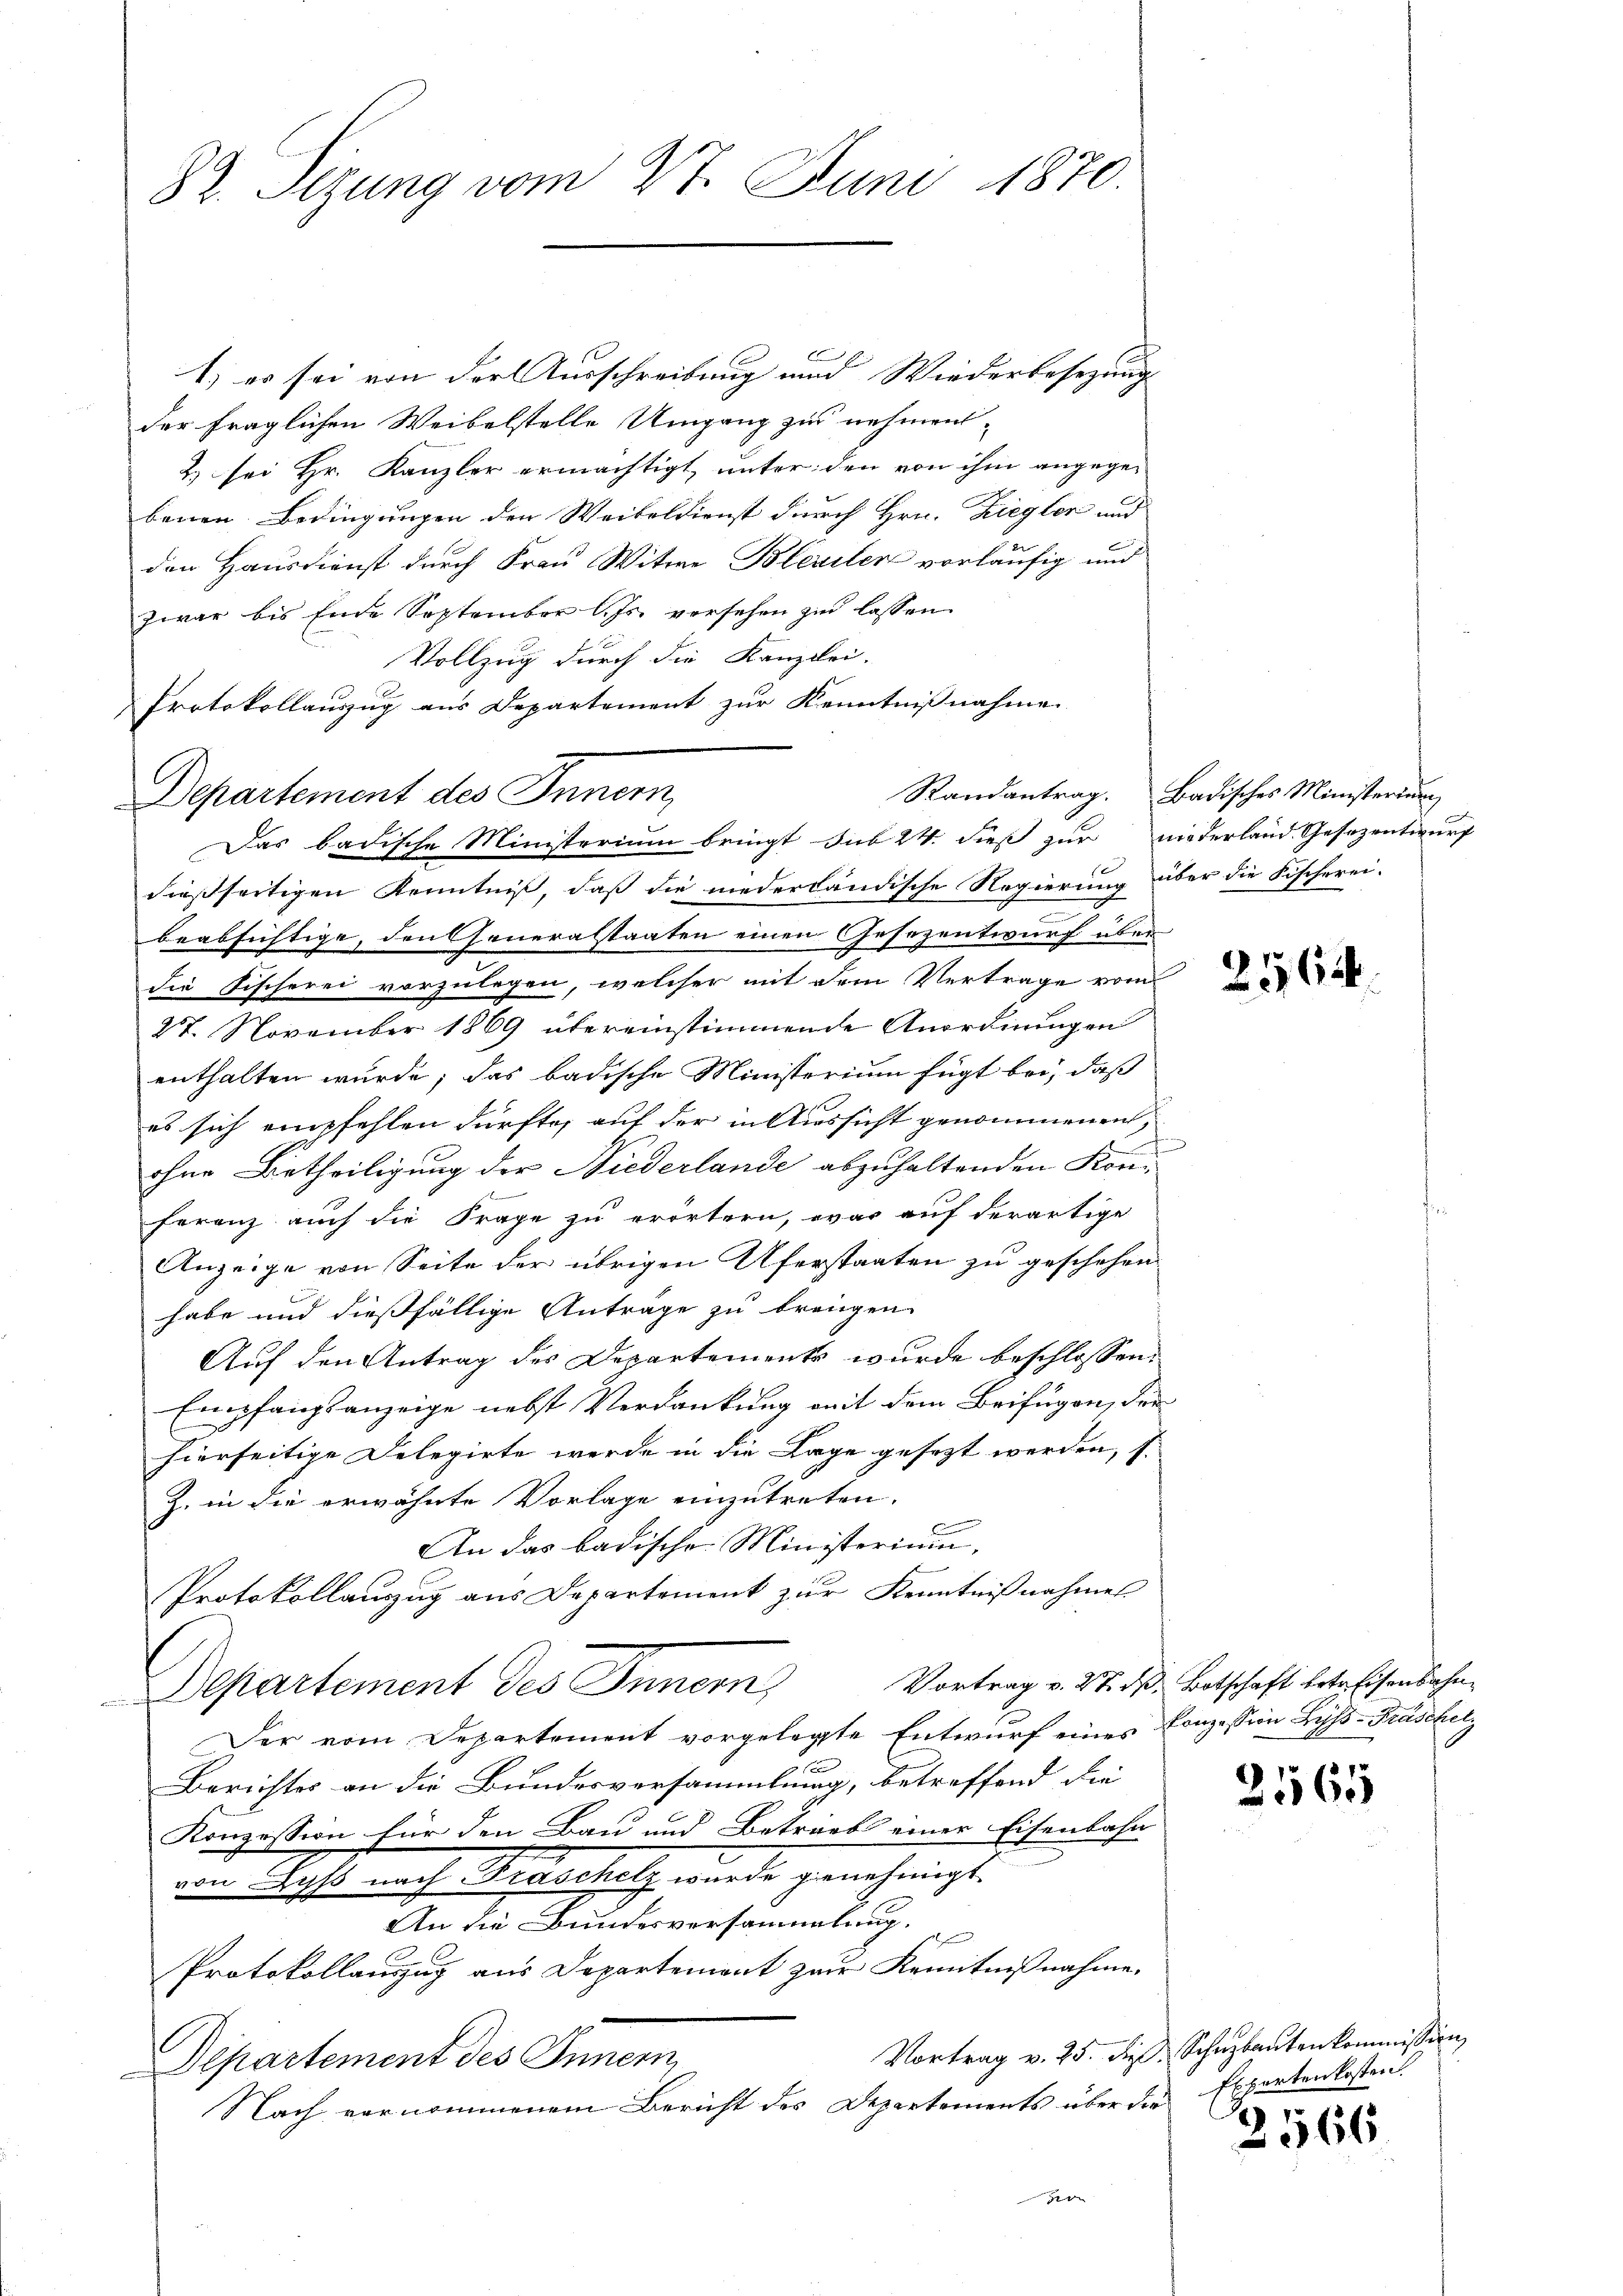
82. Sizung vom 27. Juni 1870.

c
1) es sei von der Ausschreibung und Wiederbesezung
der fraglichen Weibelstelle Umgang zu nehmen¬
2) sei Hr. Kanzler ermächtigt, unter den von ihm angegebenen Bedingungen den Weibeldienst durch Hrn. Ziegler und
den Hausdienst durch Frau Witwe Blenilen vorläufig und
zwar bis Ende September l. Js. versehen zu lassen
Vollzug durch die Kanzlei-
Protokollauszug aus Departement zur Kenntnißnahme
Departement des Innern,
Das badische Ministerium bringt sub 24. dieß zur niederland Gesezentwurf
dießseitigen Kenntniß, daß die niederländische Regierung über die Fischerei-
beabsichtige, den Generalstaaten einen Gesezentwurf über
die Fischerei vorzulegen, welcher mit dem Vertrage vom
27. November 1869 übereinstimmende Anordnungen
enthalten wurde; das badische Ministerium fügt bei, daß
es sich empfehlen dürfte, auf der in Aussicht genommenen
n
ohne Betheiligung der Niederlande abzuhaltenden Kon-
Feranz auch die Frage zu erörtern, war auf derartige
Anzeige von Seite der übrigen Uferstaaten zu geschehen
habe und dießfällige Anträge zu trangen.
Auf den Antrag des Departements wurde beschlossen:
Empfangsanzeige nebst Verdankung mit dem Beifügen, der
hierseitige Delegirte werde in die Lage gesezt werden, s.
Z. in die erwähnte Vorlage einzutreten.
An das badische Ministerium,
Protokollauszug aus Departement zur Kenntnißnahmes
Vortrag v. 27. d. Botschaft betreisenbahn¬
Departement des Innern,
Der vom Departement vorgelegte Entwurf eines Conzession Byss-Präschel¬
2
Berichtes an die Bundesversammlung, betreffend die
Konzession für den Bau und Betrieb einer Eisenbahn
den Wachte nach Verschulz wunde genehmigt.
An die Bundesversammlung.
Protokollauszug aus Departement zur Kenntnißnahme.
Vortrag v. 25. dieß, Schuzbauten kommission
Departement des Innern,
Nach vernommenem Bericht des Departements über die
He

Randantrag. Badisches Ministerium

25,626.

2565

Erpartenkosten.

2566